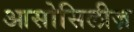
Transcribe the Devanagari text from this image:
आसोसिलीज़